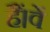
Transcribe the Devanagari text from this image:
हैं।वें